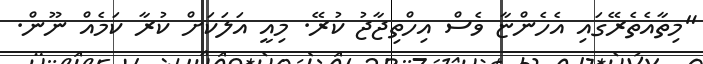
"މިތާއެތެރޭގައި އެހެންޏާ ވެސް އިހްތިޖާޖު ކުރޭ. މިއީ އަލަކަށް ކުރާ ކަމެއް ނޫން.